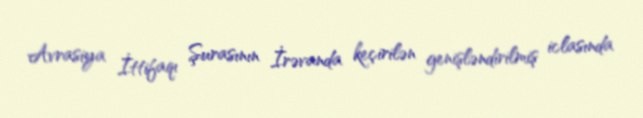
Avrasiya İttifaqı Şurasının İrəvanda keçirilən genişləndirilmiş iclasında